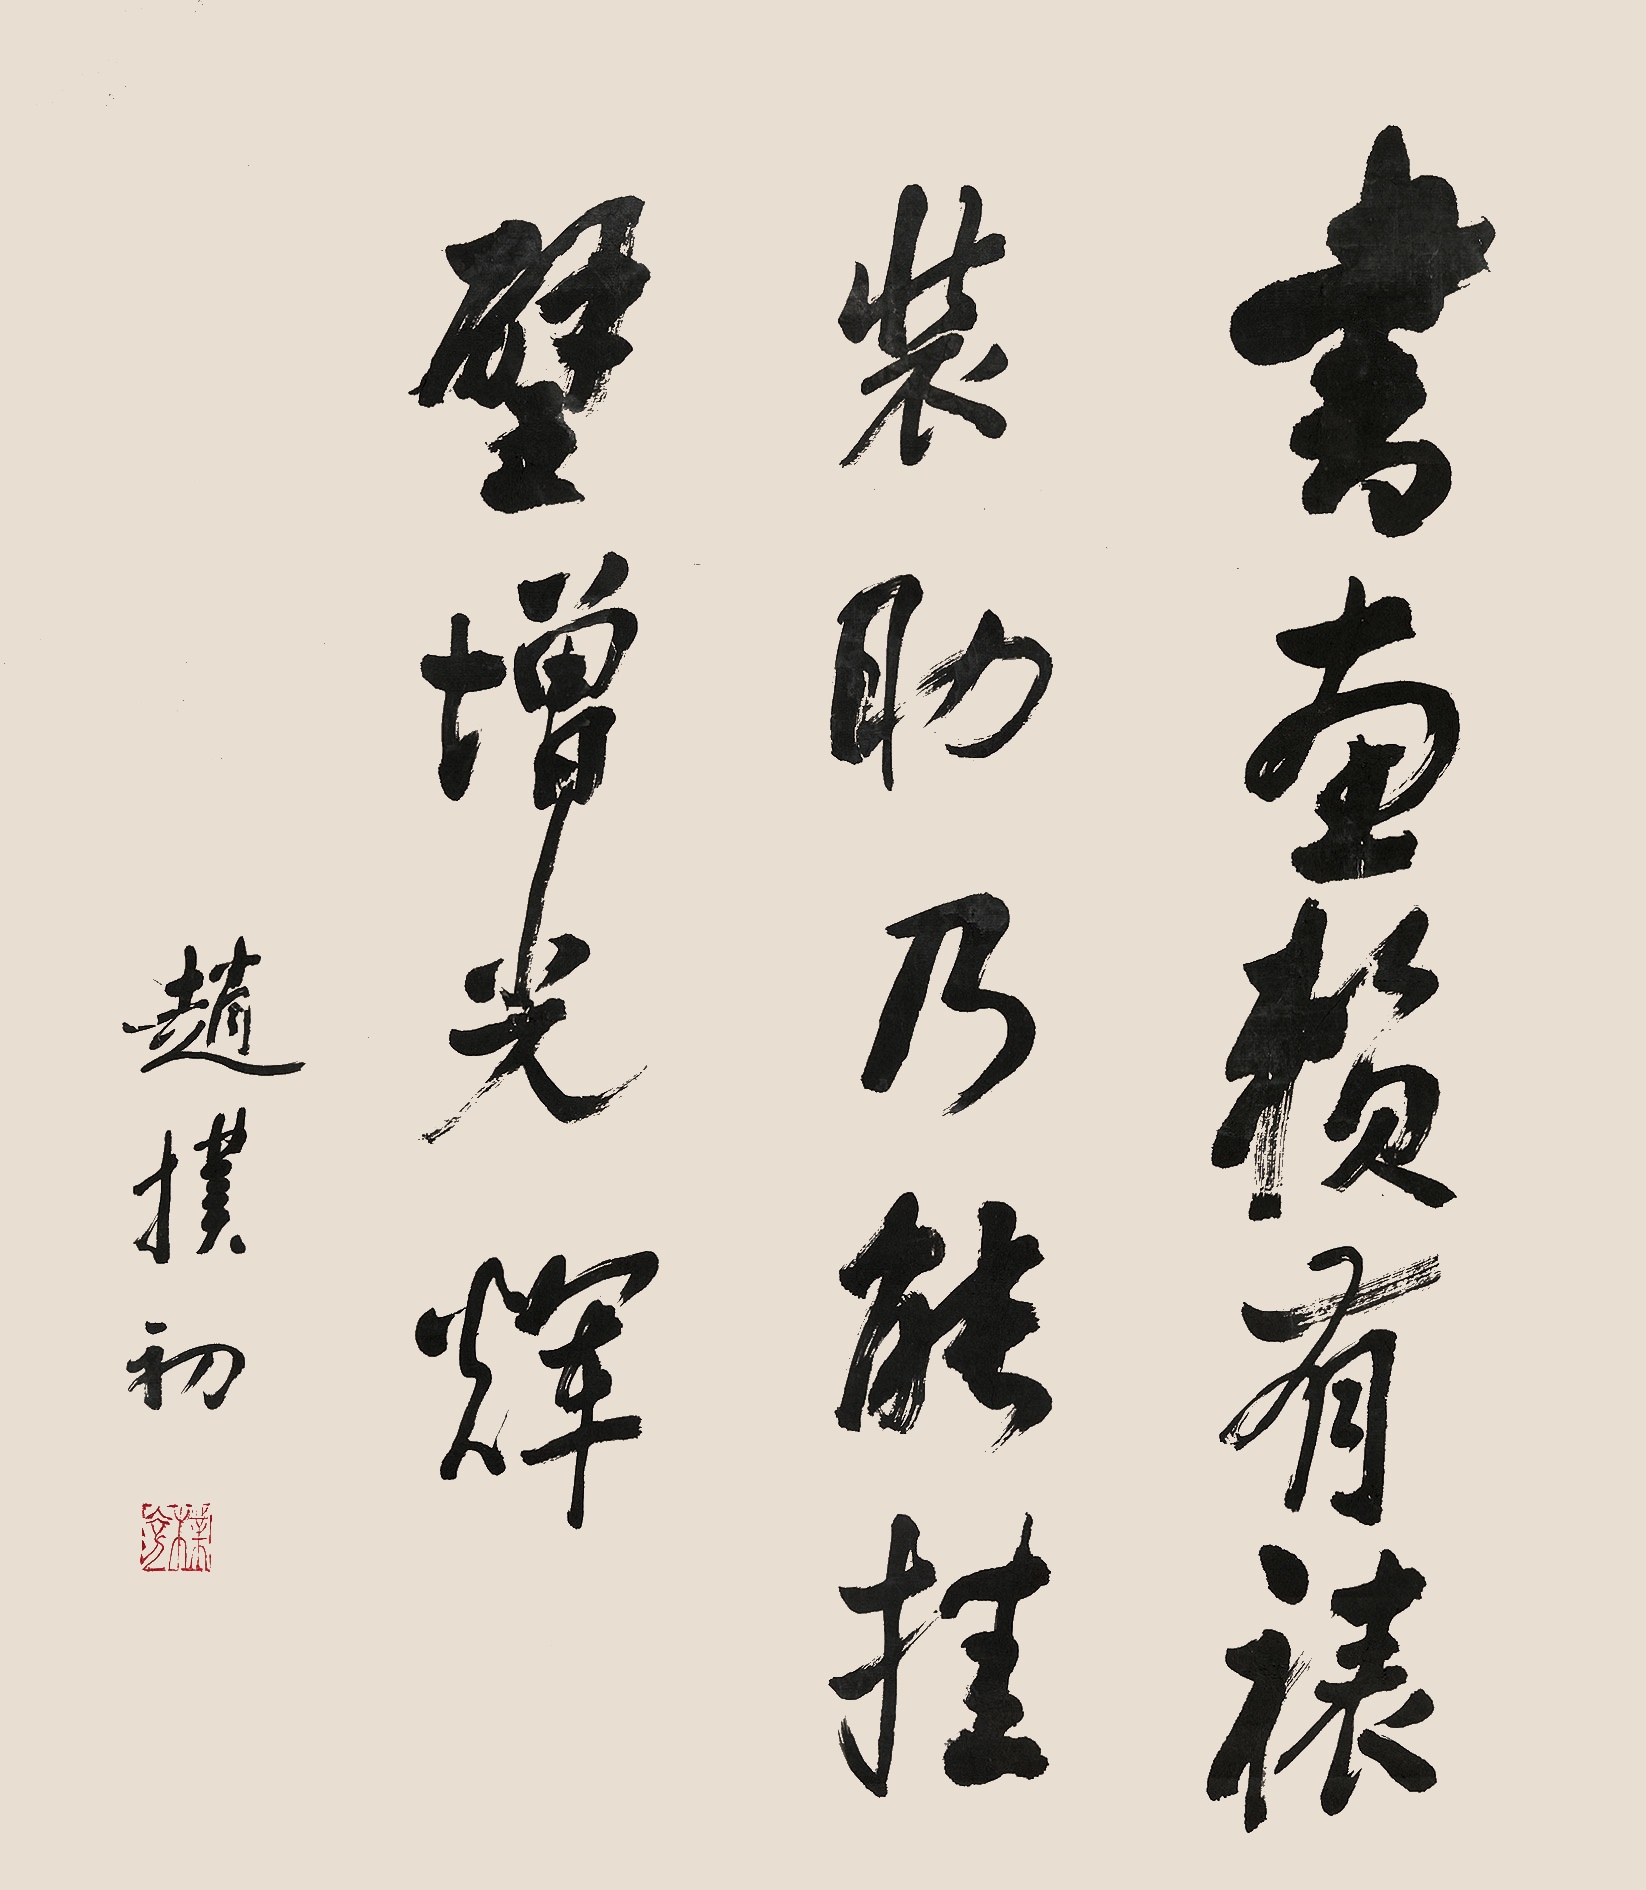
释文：书画赖有裱装助，乃能挂壁增光辉。赵朴初。